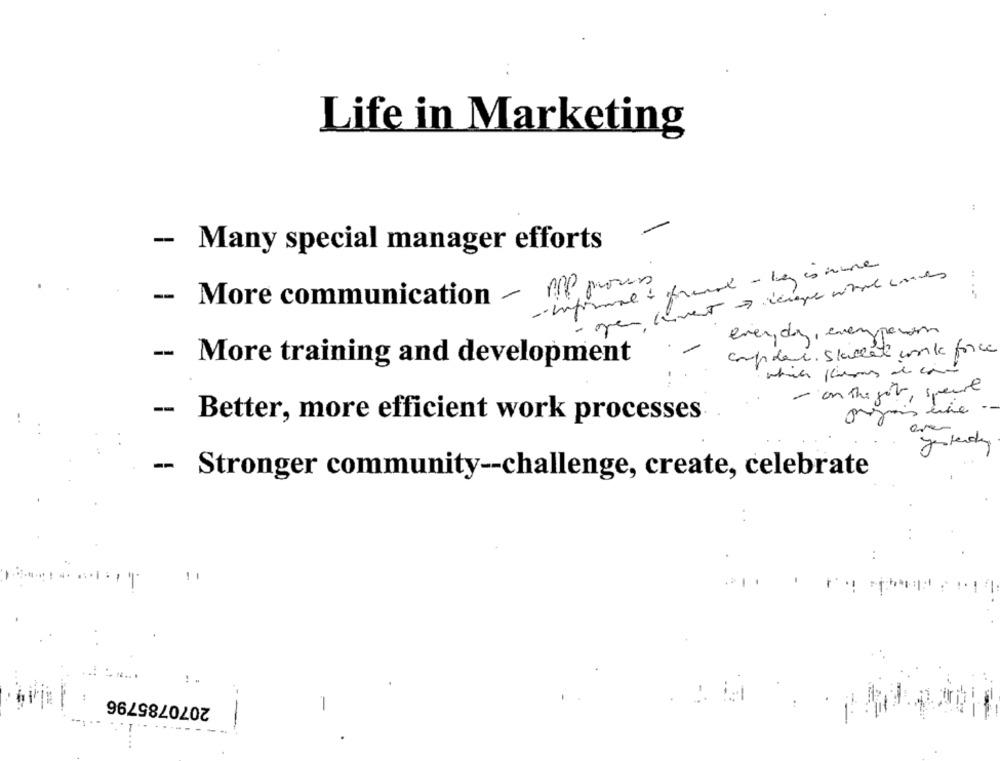
Life in Marketing
- Many special manager efforts
- informal + freund - by is none
-- More communication - OP pous
every day, everypowo
copder. skillet work force
-- More training and development
- on the got, specie
-- Better, more efficient work processes
yesterday
-
Stronger community -- challenge, create, celebrate
2070785796
..
----
--